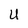
Character: U